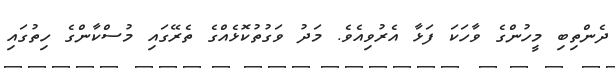
ދެންތިބި މީހުންގެ ވާހަކަ ފަޅާ އެރުވިއެވެ. މަދު ވަގުތުކޮޅެއްގެ ތެރޭގައި މުސްކާންގެ ހިތުގައި